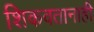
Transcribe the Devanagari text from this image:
शिकवतानाही